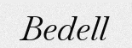
Bedell